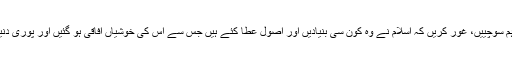
عید سعید کی خوشیاں ہمیں دعوت دیتی ہیں کہ ہم سوچییں، غور کریں کہ اسلام نے وہ کون سی بنیادیں اور اصول عطا کئے ہیں جس سے اس کی خوشیاں آفاقی ہو گئیں اور پوری دنیا خوشی و مسرت میں ڈوبی ہوئی نظر آتی ہے۔